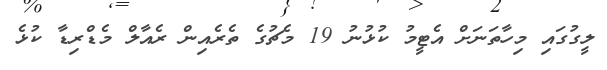
ލީގުގައި މިހާތަނަށް އެޓީމު ކުޅުނު 19 މެޗުގެ ތެރެއިން ރެއާލް މެޑްރިޑާ ކުޅެ